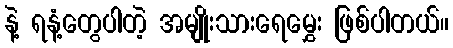
နဲ့ ရနံ့တွေပါတဲ့ အမျိုးသားရေမွှေး ဖြစ်ပါတယ်။